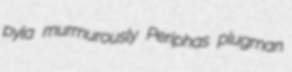
pyla murmurously Periphas plugman